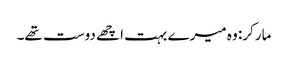
مارکر: وہ میرے بہت اچھے دوست تھے۔